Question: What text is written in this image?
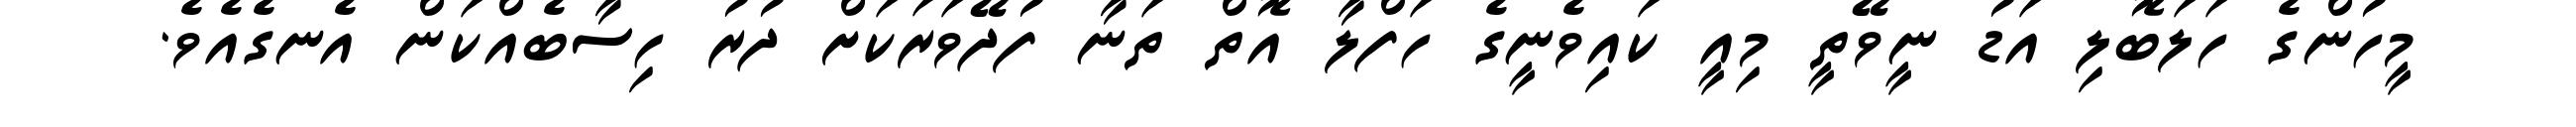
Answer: މީހުންގެ ހަލަބޮލި އަޑު ނީވޭތީ މިއީ ކައިވެނީގެ ހަފްލާ އޮތް ތަނާ ފުދޭވަރަކަށް ދުރު ހިސާބެއްކަން އެނގެއެވެ.